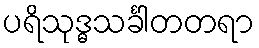
ပရိသုဒ္ဓသင်္ခါတတရာ